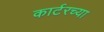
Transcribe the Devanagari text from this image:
कार्टरच्या